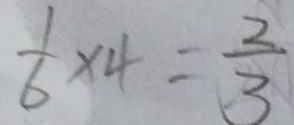
\frac { 1 } { 6 } \times 4 = \frac { 2 } { 3 }